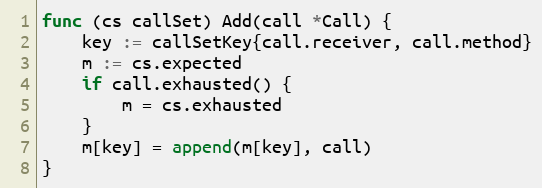
Language: Go
func (cs callSet) Add(call *Call) {
	key := callSetKey{call.receiver, call.method}
	m := cs.expected
	if call.exhausted() {
		m = cs.exhausted
	}
	m[key] = append(m[key], call)
}